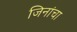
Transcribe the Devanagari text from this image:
जिनांचा